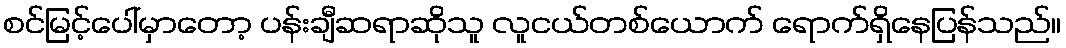
စင်မြင့်ပေါ်မှာတော့ ပန်းချီဆရာဆိုသူ လူငယ်တစ်ယောက် ရောက်ရှိနေပြန်သည်။